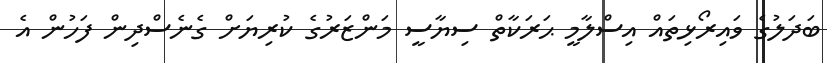
ބަދަލުގެ ވައިރޯޅިތައް އިސްލާމީ ޙަރަކާތް ސިޔާސީ މަންޒަރުގެ ކުރިޔަށް ގެނެސްދިން ފަހުން އެ